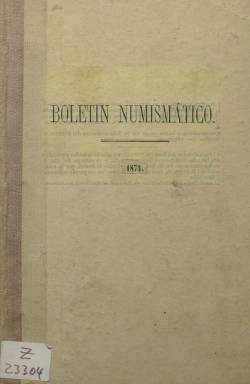
Título: Boletín numismático (Valencia)
Colección: Numismática
Ámbito geográfico: Valencia
Lugar de publicación: Valencia
Fechas: 01/03/1873-31/12/1873

Editado y redactado por el ingeniero Alejandro Cerdá y Moroder (o Morover), que ya había sido colaborador del Boletín del Centro Numismático (Barcelona: 1864-1869) y socio fundador de la Sociedad Arqueológica Valenciana (1871), en donde ofreció varias conferencias sobre la moneda hispano-cristiana, de la que era especialista. Se trata de una de las primeras revistas españolas especializadas en esta materia, en un momento el que se había desarrollado una creciente afición por la misma, al objeto de estimular y fomentar la venta, compra e intercambio de estos objetos, que muchos coleccionistas podrían tener duplicados. La publicación se repartía gratis a los coleccionistas que así lo solicitaban.

Estampado en la imprenta valenciana de Juan Guix y compuesto a una columna, comenzó siendo mensual, apareciendo su primer número el uno de marzo de 1873, y a partir de julio de ese mismo año se hizo bimestral (y con doble numeración). Las primeras cinco entregas son de ocho páginas, y las cinco restantes, de 16, contando cada una de ellas con otras cuatro que forman la cubierta. En el verso de la cubierta se da cuenta de las condiciones de la publicación, y en la contracubierta tiene una sección bajo el epígrafe Noticias varias, sobre hallazgos, antigüedades, sociedades arqueológicas y numismáticas, publicaciones nuevas o resúmenes de memorias o trabajos sobre estas materias, así como obras en venta en el domicilio del editor-administrador.

En las páginas foliadas se ofrece la descripción de las monedas y medallas, que previamente los coleccionistas habían depositado en la administración de la revista, siguiendo el orden establecido en este tipo de colecciones, con indicación del metal de acuñación, módulo, estado de conservación y precio, establecido en pesetas por el administrador o por el propio coleccionista, con la intención de adaptar a la realidad española lo recogido en obras clásicas como las de Alois Heiss (para la numismática hispánica), Cohen (para la época romana) o Mionnet (para la griega clásica).

La última entrega de este título en la colección de la Biblioteca Nacional de España corresponde a los meses de noviembre-diciembre de ese mismo año 1873 (números 9-10). Las páginas foliadas suman un total de 80, y su formato es de octavo marquilla. Continuó publicándose –probablemente bajo el título Boletín numismático de Valencia-, y, según Palau (1923), lo seguía haciendo en agosto de 1874. Tramoyeres Blasco (1880-1881) da cuenta también de este boletín, y Malcolm Storer (1912) publicó una relación universal de las publicaciones periódicas de numismática.